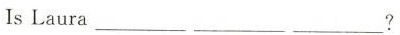
IsLaura ___ ___ ___ ？